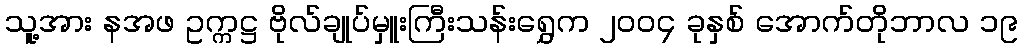
သူ့အား နအဖ ဥက္ကဋ္ဌ ဗိုလ်ချုပ်မှူးကြီးသန်းရွှေက ၂၀၀၄ ခုနှစ် အောက်တိုဘာလ ၁၉